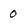
Character: 0